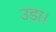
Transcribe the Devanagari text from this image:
उड़ा।